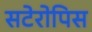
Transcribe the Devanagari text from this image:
सटेरोपिस